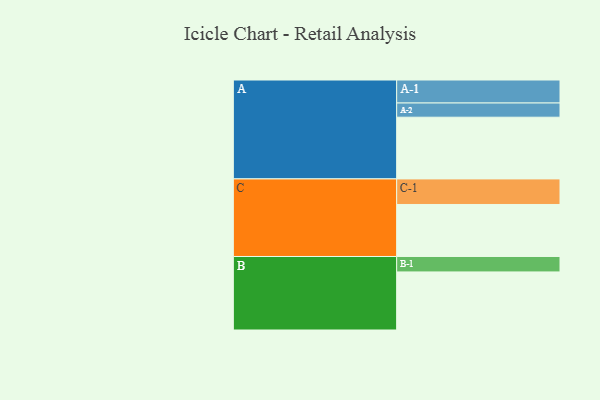
{"axis": {"x": "Segment", "y": "Value"}, "legend": ["", "A", "B", "C"], "data": [{"x": "A", "y": 408, "type": ""}, {"x": "B", "y": 384, "type": ""}, {"x": "C", "y": 344, "type": ""}, {"x": "A-1", "y": 152, "type": "A"}, {"x": "A-2", "y": 94, "type": "A"}, {"x": "B-1", "y": 102, "type": "B"}, {"x": "C-1", "y": 169, "type": "C"}]}